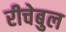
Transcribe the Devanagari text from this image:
रीचेबुल